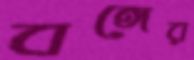
বঙ্গের